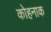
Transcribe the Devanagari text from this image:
कोहनाक